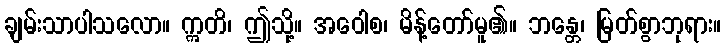
ချမ်းသာပါသလော။ ဣတိ၊ ဤသို့။ အဝေါစ၊ မိန့်တော်မူ၏။ ဘန္တေ၊ မြတ်စွာဘုရား။